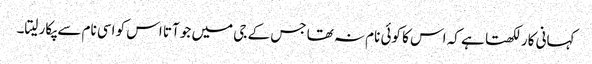
کہانی کار لکھتا ہے کہ اس کا کوئی نام نہ تھا جس کے جی میں جو آتا اس کو اسی نام سے پکار لیتا۔